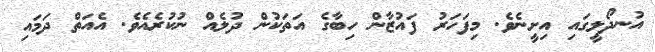
އުނދޯލީގައި އިށީނެވެ. މިފަހަރު ފައުޒާން ހިބާގެ އަތަކުން ދުލެއް ނުކުރެއެވެ. އެއަތް ދަމައި